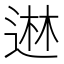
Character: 䢞